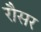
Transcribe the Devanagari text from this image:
रौसर